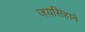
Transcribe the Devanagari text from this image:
जयसिंहाने